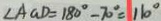
\angle A G D = 1 8 0 ^ { \circ } - 7 0 ^ { \circ } = 1 1 0 ^ { \circ }